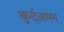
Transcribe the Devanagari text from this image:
कुर्ट्ज़मन